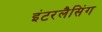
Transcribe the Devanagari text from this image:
इंटरलैसिंग